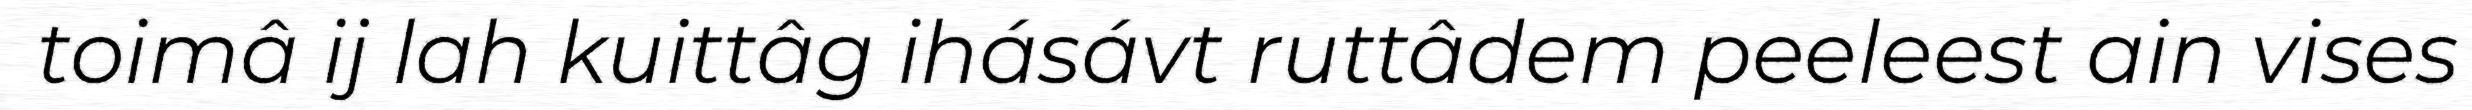
toimâ ij lah kuittâg ihásávt ruttâdem peeleest ain vises